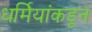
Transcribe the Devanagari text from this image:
धर्मियांकडून